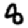
Digit: 8